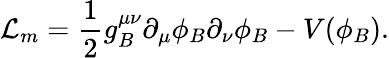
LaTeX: {\cal L}_{m}=\frac{1}{2}g_{B}^{\mu\nu}\partial_{\mu}\phi_{B}\partial_{\nu}\phi_{B}-V(\phi_{B}).